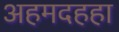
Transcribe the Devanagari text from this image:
अहमदहहा